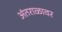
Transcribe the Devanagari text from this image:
अंतराळावर